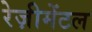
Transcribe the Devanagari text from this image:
रेज़ीमेंटल